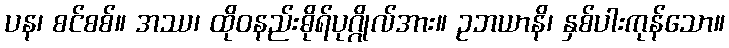
ပန၊ စင်စစ်။ အဿ၊ ထိုဝနည်းဓိုရ်ပုဂ္ဂိုလ်အား။ ဥဘယာနိ၊ နှစ်ပါးကုန်သော။